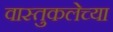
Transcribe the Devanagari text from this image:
वास्तुकलेच्या